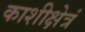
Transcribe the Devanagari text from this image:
काशीक्षेत्रं